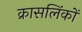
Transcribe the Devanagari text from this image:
क्रासलिंकों